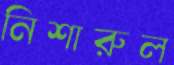
নিশারুল